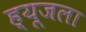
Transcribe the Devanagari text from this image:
ह्यूजला